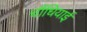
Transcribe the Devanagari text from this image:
चौंधियाई